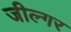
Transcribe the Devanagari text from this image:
जील्‍गर